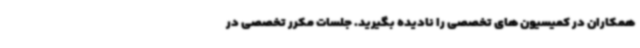
همکاران در کمیسیون های تخصصی را نادیده بگیرید. جلسات مکرر تخصصی در